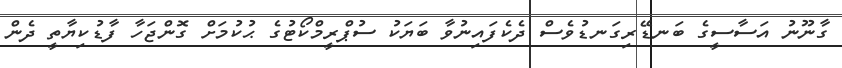
ގާނޫނު އަސާސީގެ ބަނޑޭރިގަނޑުވެސް ދެކެފައިނުވާ ބަޔަކު ސުޕްރީމްކޯޓުގެ ޙުކުމަށް ގޮންޖަހާ ފާޑުކިޔާތީ ދެން